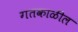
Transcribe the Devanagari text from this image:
गतकाळील